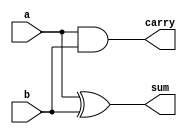
module ha(a,b,sum,carry);
input wire a,b;
output wire sum,carry;

assign sum = a^b;
assign carry = a&b;

endmodule